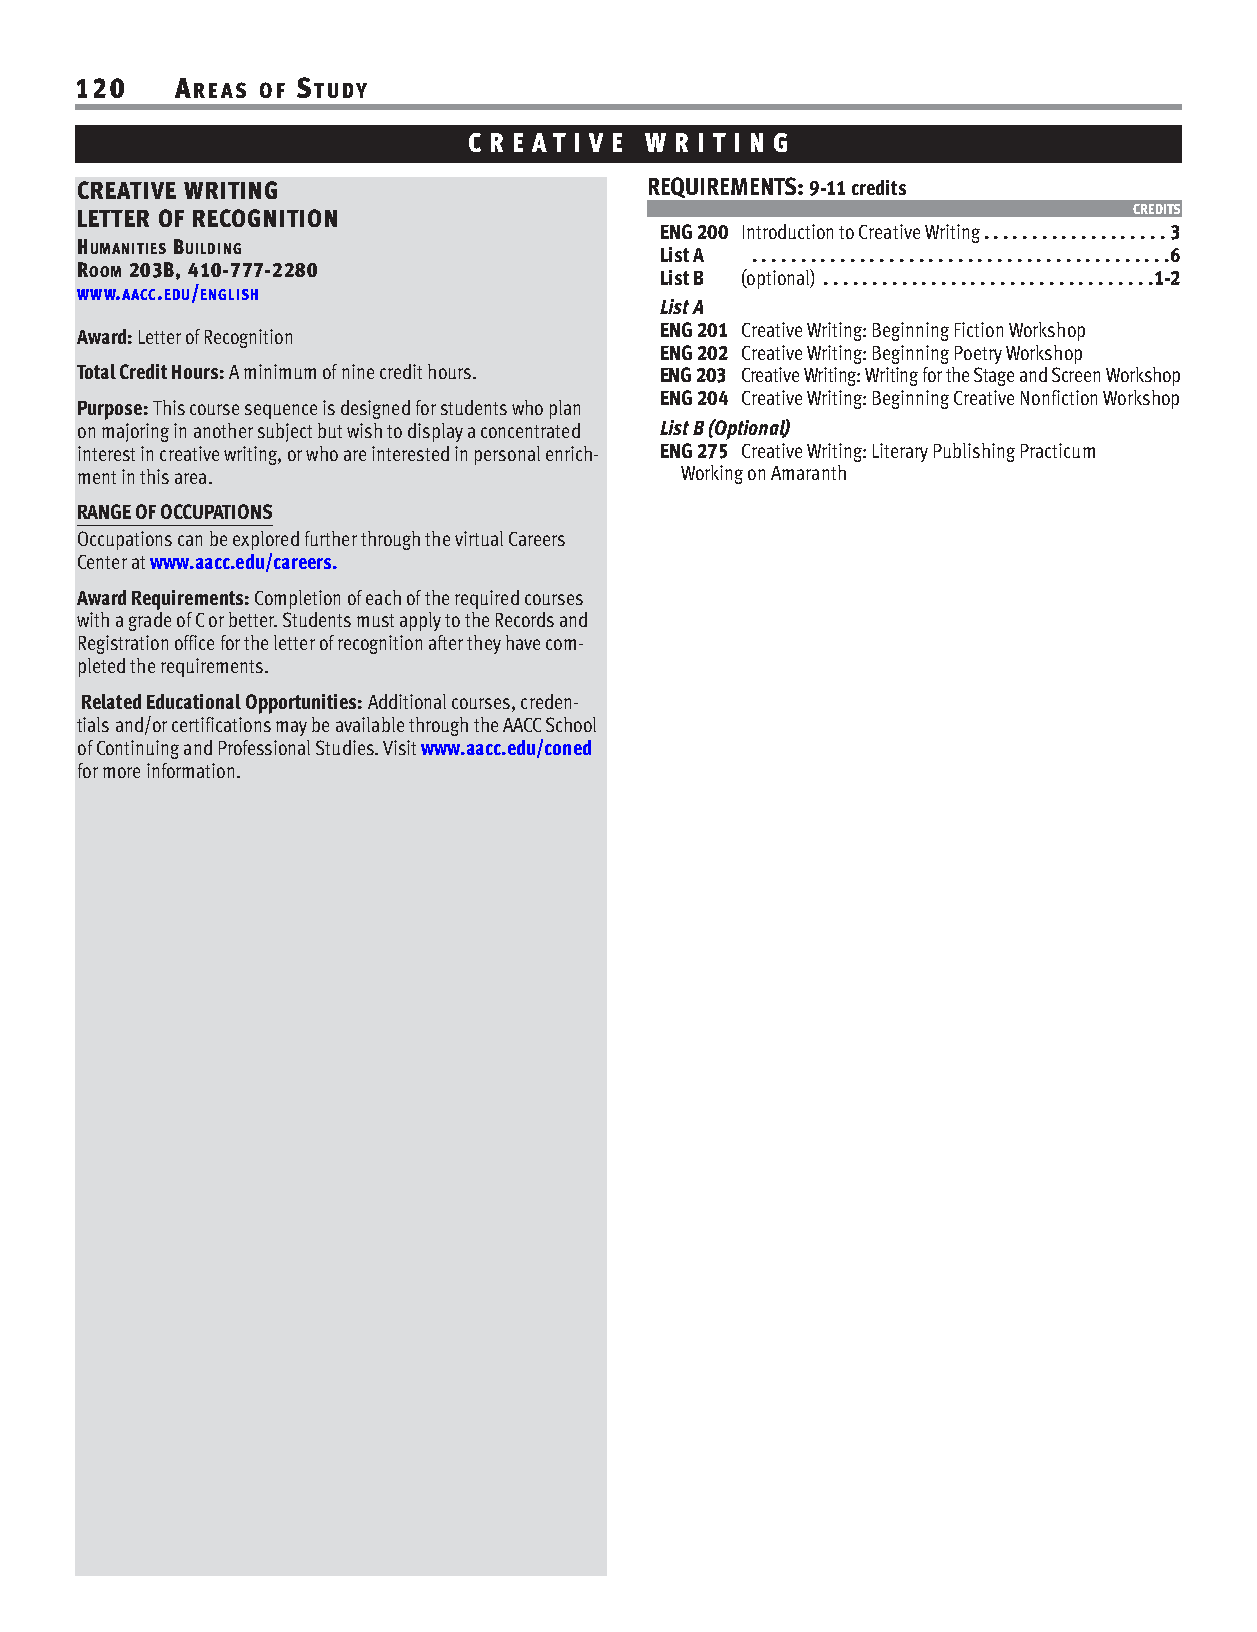
120    AREAS OF STUDY
 C R E AT I V E W R I T I N G
 CREATIVE WRITING                      REQUIREMENTS: 9-11 credits
 LETTER OF RECOGNITION                                                 CREDITS
 ENG 200 Introduction to Creative Writing. . . . . . . . . . . . . . . . . . . 3
 HUMANITIES BUILDING
 List A . . . . . . . . . . . . . . . . . . . . . . . . . . . . . . . . . . . . . . . . . . .6
 ROOM 203B, 410-777-2280
 List B (optional) . . . . . . . . . . . . . . . . . . . . . . . . . . . . . . . . . .1-2
 WWW.AACC.EDU/ENGLISH
 List A
 ENG 201 Creative Writing: Beginning Fiction Workshop
 Award: Letter of Recognition
 ENG 202 Creative Writing: Beginning Poetry Workshop
 Total Credit Hours: A minimum of nine credit hours. ENG 203 Creative Writing: Writing for the Stage and Screen Workshop
 ENG 204 Creative Writing: Beginning Creative Nonfiction Workshop
 Purpose: This course sequence is designed for students who plan
 on majoring in another subject but wish to display a concentrated List B (Optional)
 interest in creative writing, or who are interested in personal enrich- ENG 275 Creative Writing: Literary Publishing Practicum
 ment in this area.                      Working on Amaranth
 RANGE OF OCCUPATIONS
 Occupations can be explored further through the virtual Careers
 Center at www.aacc.edu/careers.
 Award Requirements: Completion of each of the required courses
 with a grade of C or better. Students must apply to the Records and
 Registration office for the letter of recognition after they have com-
 pleted the requirements.
 Related Educational Opportunities: Additional courses, creden-
 tials and/or certifications may be available through the AACC School
 of Continuing and Professional Studies. Visit www.aacc.edu/coned
 for more information.